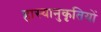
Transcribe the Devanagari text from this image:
हास्यानुकृतियों